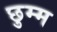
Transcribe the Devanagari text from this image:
छुम्म